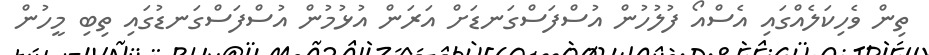
ތިން ވެހިކަލެއްގައި އެސްއޯ ފުލުހުން އުސްފަސްގަނޑަށް އަރަން އުޅުމުން އުސްފަސްގަނޑުގައި ތިބި މީހުން